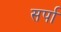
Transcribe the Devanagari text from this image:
सर्पा